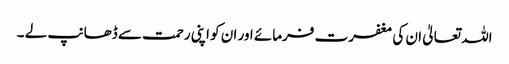
اللہ تعالیٰ ان کی مغفرت فرمائے اور ان کو اپنی رحمت سے ڈھانپ لے ۔